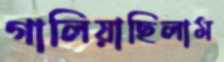
গালিয়াছিলাম